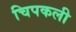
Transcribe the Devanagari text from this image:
चिपकली